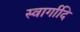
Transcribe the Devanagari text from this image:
स्वार्गादि